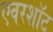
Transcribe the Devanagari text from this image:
एवरशॉट